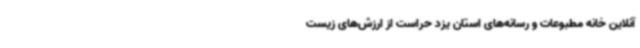
آنلاین خانه مطبوعات و رسانه‌های استان یزد حراست از ارزش‌های زیست